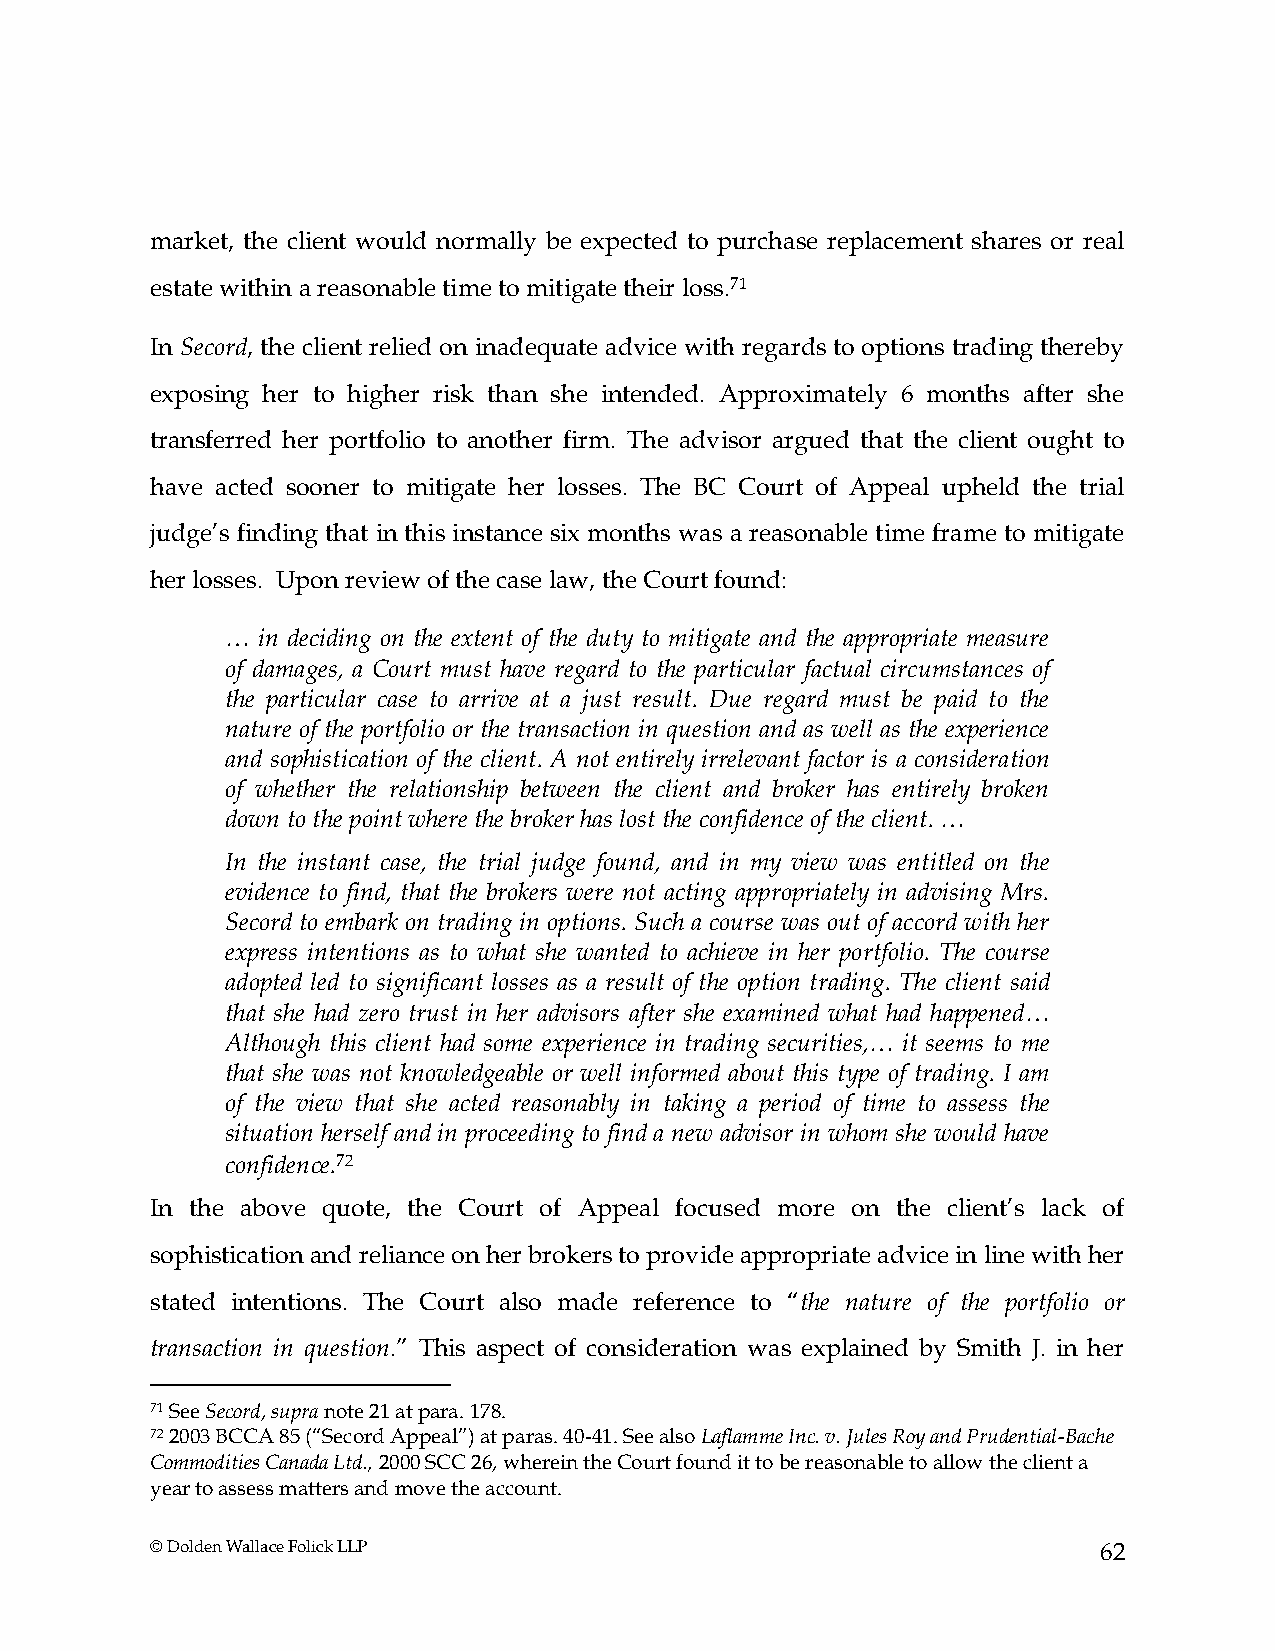
market, the client would normally be expected to purchase replacement shares or real
 estate within a reasonable time to mitigate their loss.71
 In Secord, the client relied on inadequate advice with regards to options trading thereby
 exposing her to higher risk than she intended. Approximately 6 months after she
 transferred her portfolio to another firm. The advisor argued that the client ought to
 have acted sooner to mitigate her losses. The BC Court of Appeal upheld the trial
 judge’s finding that in this instance six months was a reasonable time frame to mitigate
 her losses. Upon review of the case law, the Court found:
 … in deciding on the extent of the duty to mitigate and the appropriate measure
 of damages, a Court must have regard to the particular factual circumstances of
 the particular case to arrive at a just result. Due regard must be paid to the
 nature of the portfolio or the transaction in question and as well as the experience
 and sophistication of the client. A not entirely irrelevant factor is a consideration
 of whether the relationship between the client and broker has entirely broken
 down to the point where the broker has lost the confidence of the client. …
 In the instant case, the trial judge found, and in my view was entitled on the
 evidence to find, that the brokers were not acting appropriately in advising Mrs.
 Secord to embark on trading in options. Such a course was out of accord with her
 express intentions as to what she wanted to achieve in her portfolio. The course
 adopted led to significant losses as a result of the option trading. The client said
 that she had zero trust in her advisors after she examined what had happened…
 Although this client had some experience in trading securities,… it seems to me
 that she was not knowledgeable or well informed about this type of trading. I am
 of the view that she acted reasonably in taking a period of time to assess the
 situation herself and in proceeding to find a new advisor in whom she would have
 confidence.72
 In the above quote, the Court of Appeal focused more on the client’s lack of
 sophistication and reliance on her brokers to provide appropriate advice in line with her
 stated intentions. The Court also made reference to “the nature of the portfolio or
 transaction in question.” This aspect of consideration was explained by Smith J. in her
 71 See Secord, supra note 21 at para. 178.
 72 2003 BCCA 85 (“Secord Appeal”) at paras. 40-41. See also Laflamme Inc. v. Jules Roy and Prudential-Bache
 Commodities Canada Ltd., 2000 SCC 26, wherein the Court found it to be reasonable to allow the client a
 year to assess matters and move the account.
 © Dolden Wallace Folick LLP                                    62